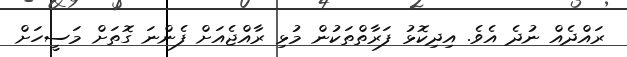
ރައްދެއް ނުދެ އެވެ. އިދިކޮޅު ފަރާތްތަކުން މުޅި ރާއްޖެއަށް ފެންނަ ގޮތަށް މަސީހަށް